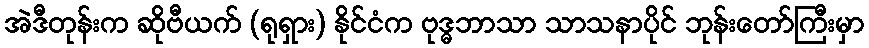
အဲဒီတုန်းက ဆိုဗီယက် (ရုရှား) နိုင်ငံက ဗုဒ္ဓဘာသာ သာသနာပိုင် ဘုန်းတော်ကြီးမှာ